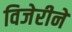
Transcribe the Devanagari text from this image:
विजेरीने